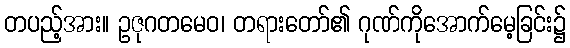
တပည့်အား။ ဥဇုဂတမေဝ၊ တရားတော်၏ ဂုဏ်ကိုအောက်မေ့ခြင်း၌